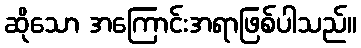
ဆိုသော အကြောင်းအရာဖြစ်ပါသည်။